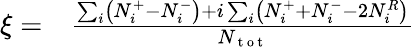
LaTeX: \begin{array}{rl}{\xi=}&{{}\frac{\sum_{i}\left(N_{i}^{+}-N_{i}^{-}\right)+i\sum_{i}\left(N_{i}^{+}+N_{i}^{-}-2N_{i}^{R}\right)}{N_{\mathrm{~t~o~t~}}}}\end{array}